Annual report of the Bengal Veterinary College and of the Civil Veterinary Department, Bengal, for the year 1908-1909 - 1908-1909
Year: 1908
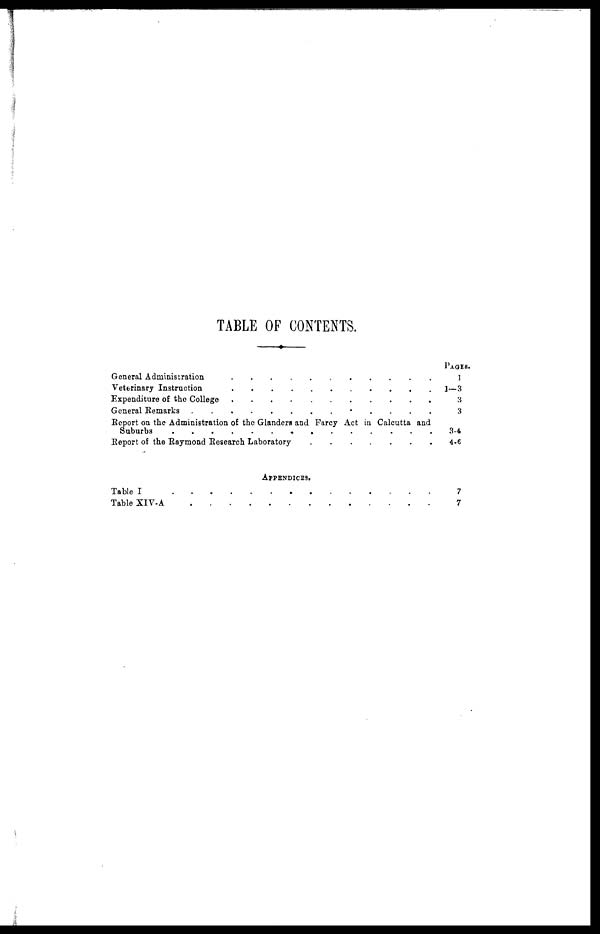
TABLE OF CONTENTS.
General Administration . . . . . . . . . .
Veterinary Instruction . . . . . . . . .
Expenditure of the College . . . . . . . . . .
General Remarks . . . . . . . . . . .
Report on the Administration of the Glanders and Farcy Act in Calcutta and
Suburbs . . . . . . . . . . . . . .
Report of the Raymond Research Laboratory . . . . . . .
APPENDICES.
Table I . . . . . . . . . . . . . .
Table XIV-A . . . . . . . . . . . . . .
PAGES.
1
1—3
3
3
3-4
4-6
7
7